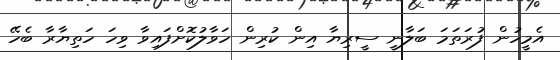
އެމީހުން ފުރަތަމަ ބަލާނީ ސީރިޔާ އިން ކުރިން ހަވާލުކޮށްފައިވާ ވިހަ ހަތިޔާރާ ބެހޭ